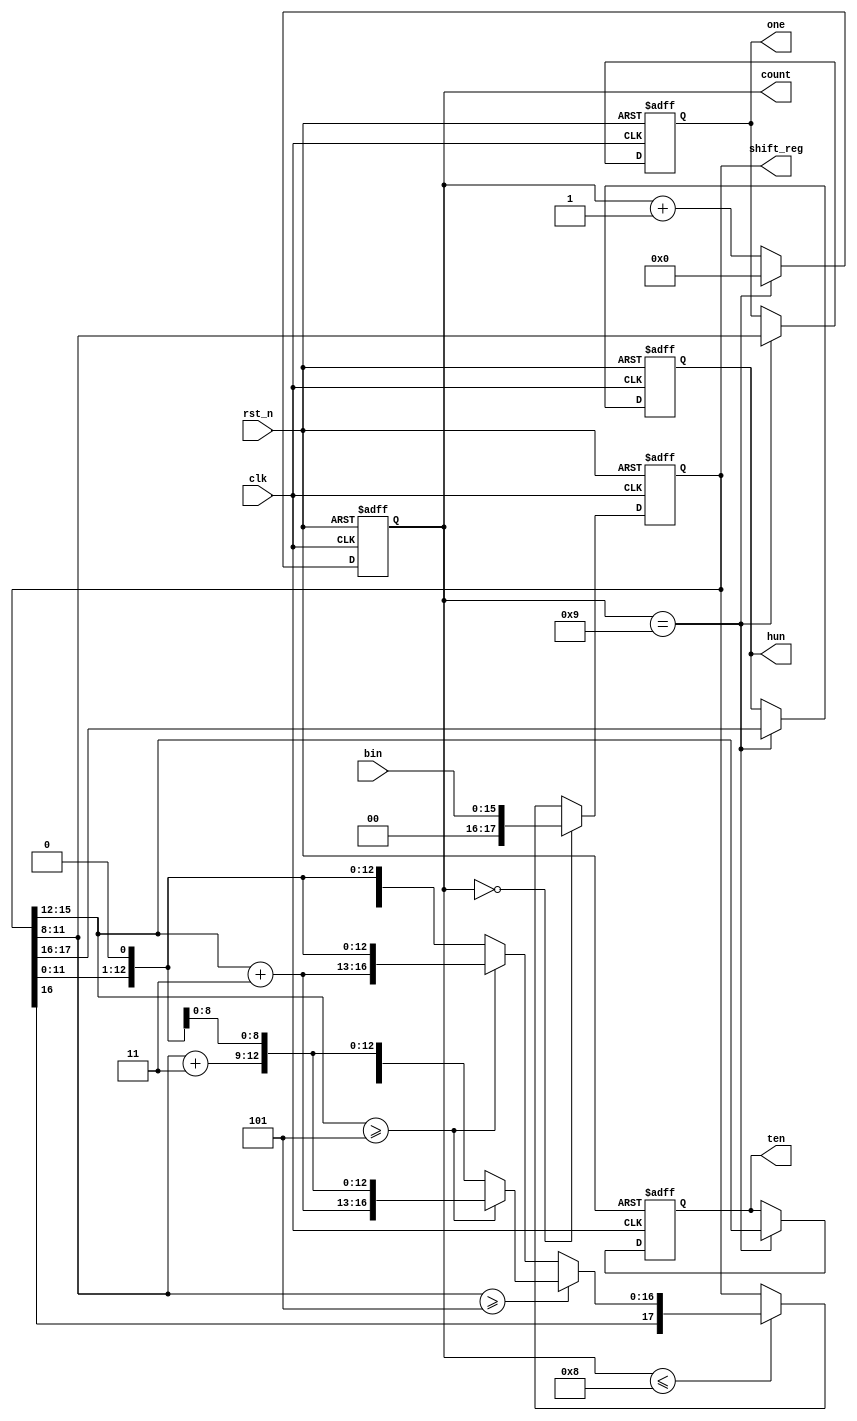
`timescale 1ns / 1ps
//////////////////////////////////////////////////////////////////////////////////
// Company: 
// Engineer: 
// 
// Design Name: 
// Module Name: bin_dec
// Project Name: 
// Target Devices: 
// Tool Versions: 
// Description: 
// 
// Dependencies: 
// 
// Revision:
// Revision 0.01 - File Created
// Additional Comments:
// 
//////////////////////////////////////////////////////////////////////////////////


module bin_dec(clk,bin,rst_n,one,ten,hun,count,shift_reg
    );
input  [15:0] bin;
input        clk,rst_n;
output [3:0] one,ten;
output [3:0] count;
output [1:0] hun;
output [17:0]shift_reg;
reg    [3:0] one,ten;
reg    [1:0] hun;
reg    [3:0] count;
reg    [17:0]shift_reg=18'b000000000000000000;
// 
always @ ( posedge clk or negedge rst_n )
begin
 if( !rst_n )
   count<=0;
 else if (count==9)
   count<=0;
 else
   count<=count+1;
end

//  /
always @ (posedge clk or negedge rst_n )
begin
  if (!rst_n)
       shift_reg=0;
  else if (count==0)
       shift_reg={2'b00,bin};
  else if ( count<=8)                //8
   begin
      if(shift_reg[11:8]>=5)         //>5+3  
          begin
             if(shift_reg[15:12]>=5) //>5+3  
                 begin
   shift_reg[15:12]=shift_reg[15:12]+2'b11;   
   shift_reg[11:8]=shift_reg[11:8]+2'b11;
shift_reg=shift_reg<<1;  //
 end
             else
       begin
                   shift_reg[15:12]=shift_reg[15:12];
shift_reg[11:8]=shift_reg[11:8]+2'b11;
shift_reg=shift_reg<<1;
 end
          end              
      else
          begin
             if(shift_reg[15:12]>=5)
                 begin
   shift_reg[15:12]=shift_reg[15:12]+2'b11;
   shift_reg[11:8]=shift_reg[11:8];
shift_reg=shift_reg<<1;
 end
             else
       begin
                   shift_reg[15:12]=shift_reg[15:12];
shift_reg[11:8]=shift_reg[11:8];
shift_reg=shift_reg<<1;
 end
          end        
  end
  end

////
always @ ( posedge clk or negedge rst_n )
begin
 if ( !rst_n )
  begin
    one<=0;
    ten<=0;
    hun<=0; 
  end
 else if (count==9)  //8,,
  begin
    one<=shift_reg[11:8];
ten<=shift_reg[15:12];
hun<=shift_reg[17:16]; 
  end
end
endmodule